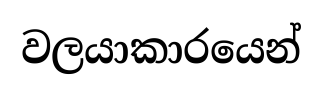
වලයාකාරයෙන්